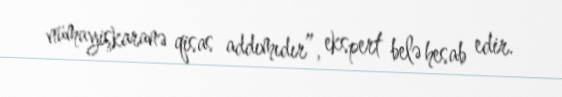
nümayişkaranə qisas addımıdır”, ekspert belə hesab edir.